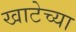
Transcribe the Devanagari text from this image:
खाटेच्या